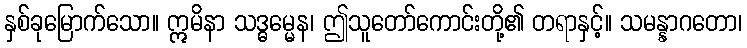
နှစ်ခုမြောက်သော။ ဣမိနာ သဒ္ဓမ္မေန၊ ဤသူတော်ကောင်းတို့၏ တရာနှင့်။ သမန္နာဂတော၊